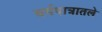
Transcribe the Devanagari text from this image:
चर्मपात्रातले